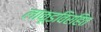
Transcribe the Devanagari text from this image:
लाकूडविरहित